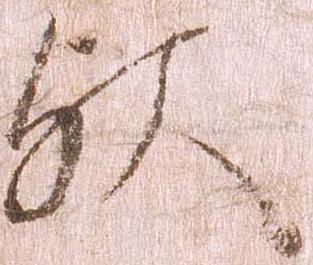
歟